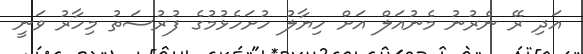
އަދި ރޭ ނެރުނު މެނުއަލް އަށް ހިޔާލު ހުށަހެޅުމުގެ ފުރުސަތު މިހާރު ވަނީ